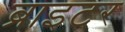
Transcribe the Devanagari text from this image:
ब्राइटर